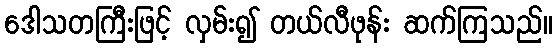
ဒေါသတကြီးဖြင့် လှမ်း၍ တယ်လီဖုန်း ဆက်ကြသည်။